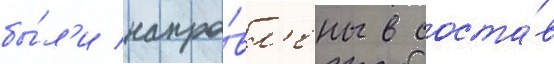
бы́л'и напра́вл'ены в соста́в